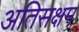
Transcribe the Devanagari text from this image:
अतिसक्षम